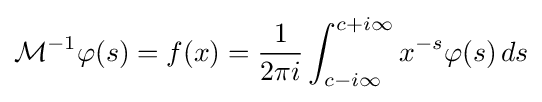
{\mathcal {M}}^{-1}\varphi (s)=f(x)={\frac {1}{2\pi i}}\int _{c-i\infty }^{c+i\infty }x^{-s}\varphi (s)\,ds